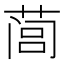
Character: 𰱩